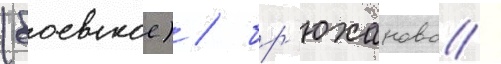
(боевское) / бр'юханово /